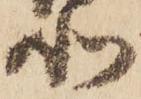
北